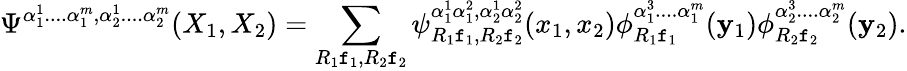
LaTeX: \Psi^{\alpha_{1}^{1}....\alpha_{1}^{m},\alpha_{2}^{1}....\alpha_{2}^{m}}(X_{1},X_{2})=\sum_{R_{1}\mathtt{f}_{1},R_{2}\mathtt{f}_{2}}\psi_{R_{1}\mathtt{f}_{1},R_{2}\mathtt{f}_{2}}^{\alpha_{1}^{1}\alpha_{1}^{2},\alpha_{2}^{1}\alpha_{2}^{2}}(x_{1},x_{2})\phi_{R_{1}\mathtt{f}_{1}}^{\alpha_{1}^{3}....\alpha_{1}^{m}}(\mathbf{y}_{1})\phi_{R_{2}\mathtt{f}_{2}}^{\alpha_{2}^{3}....\alpha_{2}^{m}}(\mathbf{y}_{2}).